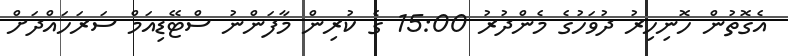
އެގޮތުން ހޮނިހިރު ދުވަހުގެ މެންދުރު 15:00 ގެ ކުރިން މާފަންނު ސްޓޭޑިއަމް ސަރަހައްދަށް